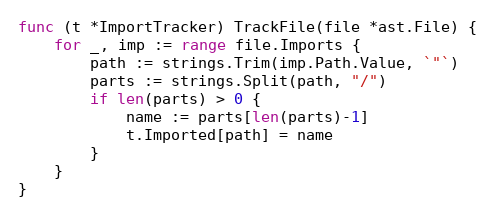
Language: Go
func (t *ImportTracker) TrackFile(file *ast.File) {
	for _, imp := range file.Imports {
		path := strings.Trim(imp.Path.Value, `"`)
		parts := strings.Split(path, "/")
		if len(parts) > 0 {
			name := parts[len(parts)-1]
			t.Imported[path] = name
		}
	}
}